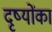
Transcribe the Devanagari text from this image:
दृष्योंका